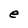
Character: e